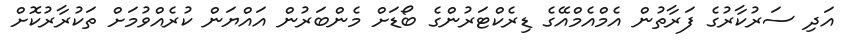
އަދި ސަރުކާރުގެ ފަރާތުން އެމްއެމްއޭގެ ޑިރެކްޓަރުންގެ ބޯޑަށް މެންބަރުން އައްޔަން ކުރެއްވުމަށް ތަކުރާރުކޮށް